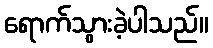
ရောက်သွားခဲ့ပါသည်။